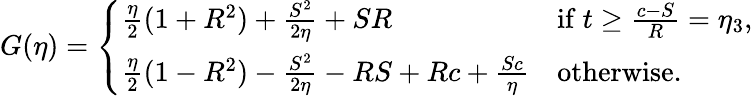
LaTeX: \begin{array}{r}{G(\eta)=\left\{ \begin{array}{ll}{\frac{\eta}{2}(1+R^{2})+\frac{S^{2}}{2\eta}+SR}&{\mathrm{if~}t\geq\frac{c-S}{R}=\eta_{3},}\\ {\frac{\eta}{2}(1-R^{2})-\frac{S^{2}}{2\eta}-RS+Rc+\frac{Sc}{\eta}}&{\mathrm{otherwise}.}\end{array}\right.}\end{array}